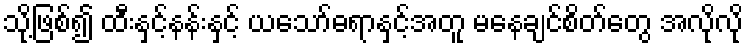
သို့ဖြစ်၍ ထီးနှင့်နန်းနှင့် ယသော်ဓရာနှင့်အတူ မနေချင်စိတ်တွေ အလိုလို